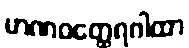
မာဏဝတ္ထေရဂါထာ